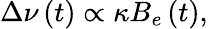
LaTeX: \Delta\nu\left(t\right)\propto\kappa B_{e}\left(t\right),